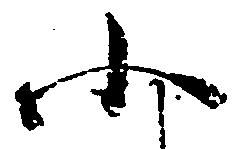
小